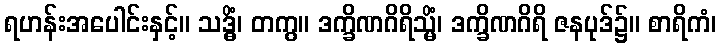
ရဟန်းအပေါင်းနှင့်။ သဒ္ဓိံ၊ တကွ။ ဒက္ခိဏဂိရိသ္မိံ၊ ဒက္ခိဏဂိရိ ဇနပုဒ်၌။ စာရိကံ၊